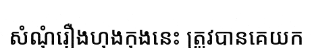
សំណុំរឿងហុងកុងនេះ ត្រូវបានគេយក